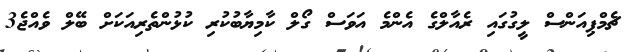
ޗެމްޕިއަންސް ލީގުގައި ރެއާލްގެ އެންމެ އަވަސް ގޯލް ކާމިޔާބުކުރި ކުޅުންތެރިއަކަށް ބޭލް ވެއްޖެ3